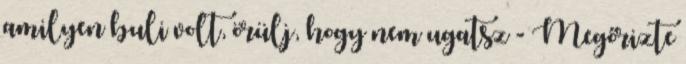
amilyen buli volt, örülj, hogy nem ugatsz - Megőrizte